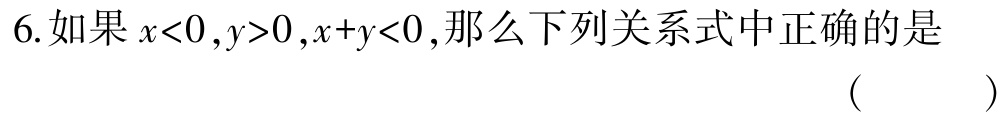
6.如果\(x<0,y>0,x + y<0\)，那么下列关系式中正确的是 （  ）